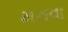
મનવા